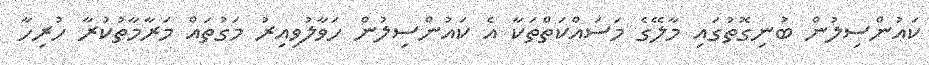
ކައުންސިލުން ބުނިގޮތުގައި މާލޭގެ މަސައްކަތްތަކާ އެ ކައުންސިލުން ހަވާލުވިއިރު މަގުތައް މަރާމާތުކުރާ ހުރިހާ